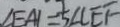
\angle E A I = \frac { 1 } { 5 } \angle C E F